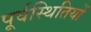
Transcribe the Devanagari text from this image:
पूर्वस्थितियों